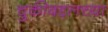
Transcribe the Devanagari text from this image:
चुकीबद्दलच्या